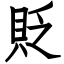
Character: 貶